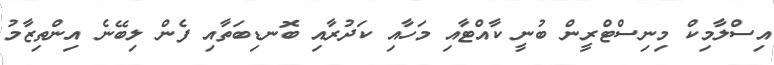
އިސްލާމިކް މިނިސްޓްރީން ބުނީ ކާއްޓާއި މަހާއި ކަދުރާއި ބޮނޑިބަތާއި ފެން ލިބޭނެ އިންތިޒާމު